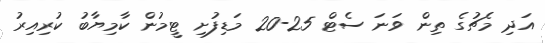
އަދި މެޗުގެ ތިން ވަނަ ސެޓް 25-20 މަޑިފުށި ޓީމުން ކާމިޔާބު ކުރިިއިރު